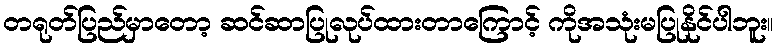
တရုတ်ပြည်မှာတော့ ဆင်ဆာပြုလုပ်ထားတာကြောင့် ကိုအသုံးမပြုနိုင်ပါဘူး။